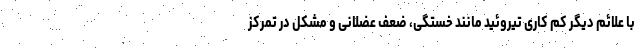
با علائم دیگر کم کاری تیروئید مانند خستگی، ضعف عضلانی و مشکل در تمرکز